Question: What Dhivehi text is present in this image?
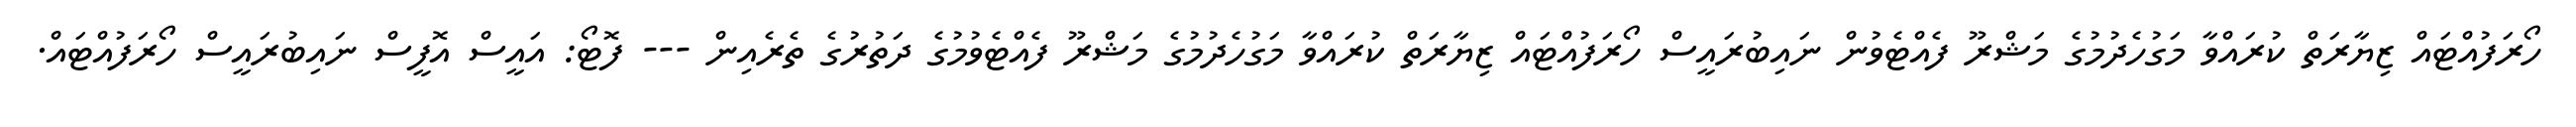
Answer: ހޯރަފުއްޓައް ޒިޔާރަތް ކުރައްވާ މަގުހެދުމުގެ މަޝްރޫ ފެއްޓެވުން ނައިބުރައީސް ހޯރަފުއްޓައް ޒިޔާރަތް ކުރައްވާ މަގުހެދުމުގެ މަޝްރޫ ފެއްޓެވުމުގެ ދަތުރުގެ ތެރެއިން --- ފޮޓޯ: އައީސް އޮފީސް ނައިބުރައީސް ހޯރަފުއްޓައް.